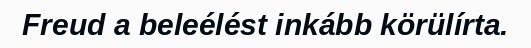
Freud a beleélést inkább körülírta.